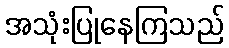
အသုံးပြုနေကြသည်